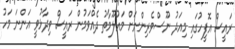
ރައީސް އޮފީހުގައި މިއަދު ނޫސްވެރިންނަށް މައުލޫމާތު ދެއްވަމުން ރައީސް ވިދާޅުވީ އަންނަ މަހު